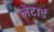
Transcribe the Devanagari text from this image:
लेटार्ड